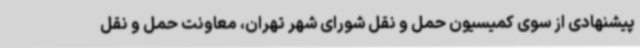
پیشنهادی از سوی کمیسیون حمل و نقل شورای شهر تهران، معاونت حمل و نقل